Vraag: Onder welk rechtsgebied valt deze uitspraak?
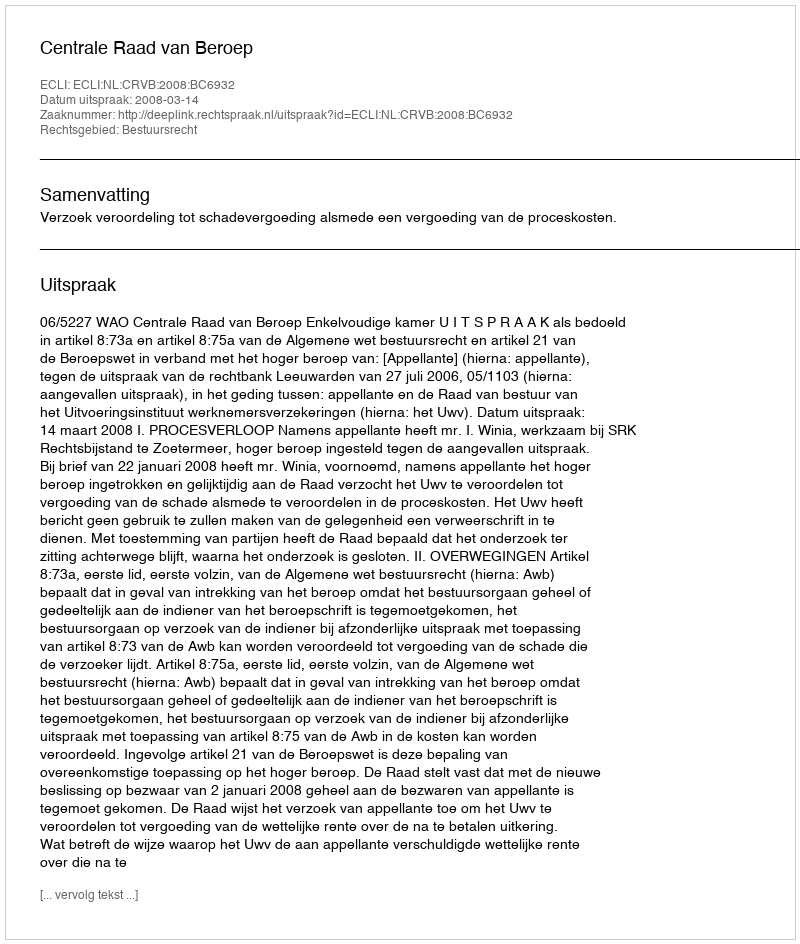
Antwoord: Bestuursrecht